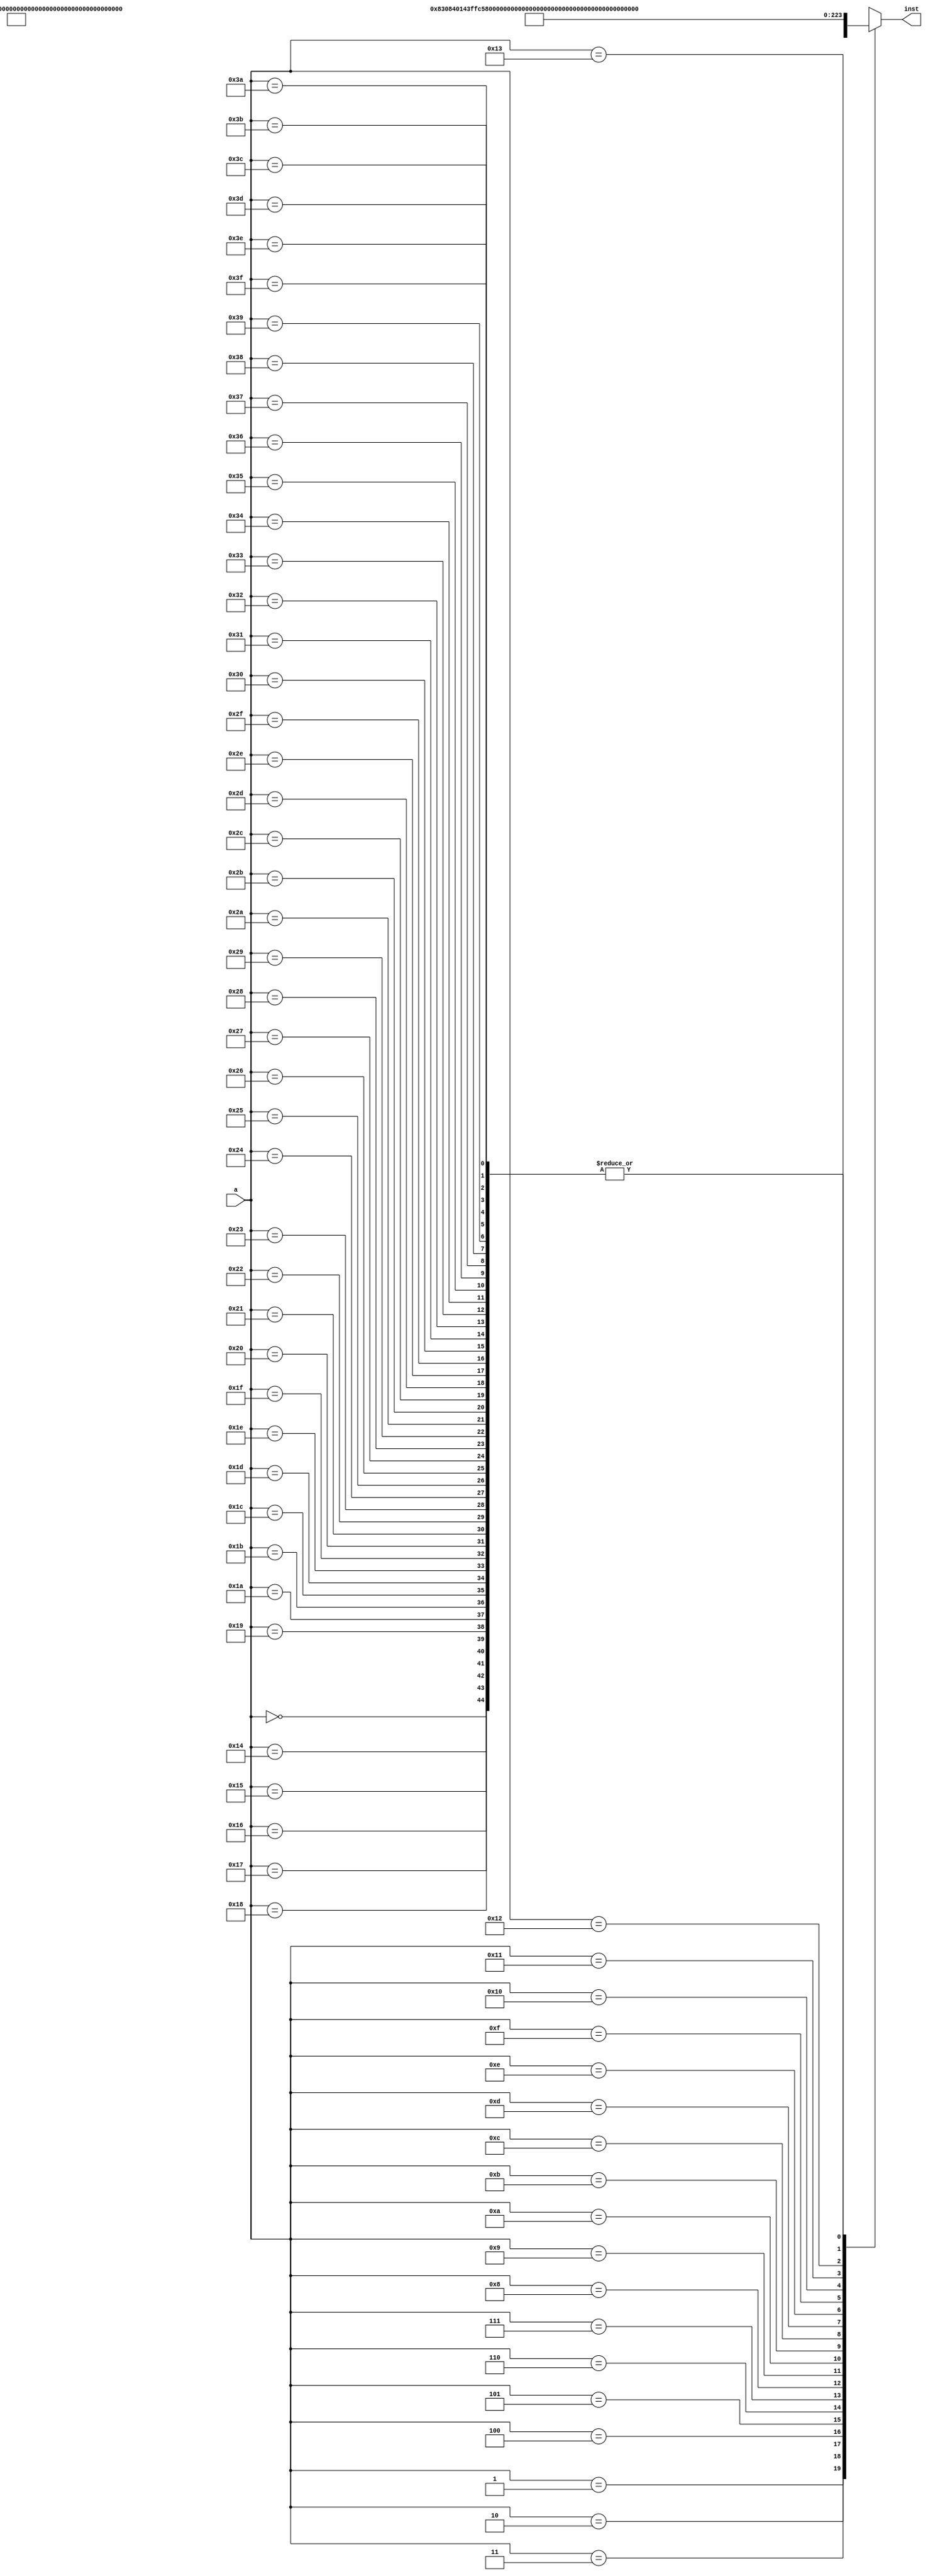
`timescale 1ns / 1ps
//////////////////////////////////////////////////////////////////////////////////
// Company: 
// Engineer: 
// 
// Design Name: 
// Module Name:    Inst_ROM 
// Project Name: 
// Target Devices: 
// Tool versions: 
// Description: 
//
// Dependencies: 
//
// Revision: 
// Revision 0.01 - File Created
// Additional Comments: 
//
//////////////////////////////////////////////////////////////////////////////////
module Inst_ROM(a,inst
    );
	 input [5:0] a;
	 output [31:0] inst;
	 wire [31:0] rom [0:63];
	 
	 assign rom[6'h00]=32'h00000000;		//01
	 assign rom[6'h01]=32'h38001c63;		//sw r3,0x0007(r3)     m10=0x00000003
	 assign rom[6'h02]=32'h340014aa;		//lw r10,0x0005(r5)    r10=0x00000003
	 //12m10
	 assign rom[6'h03]=32'h14003d4b;		//addi r11,r10,0x000f  r11=0x00000012 
	 //32r10
	 assign rom[6'h04]=32'h04200c65;		//or r3,r3,r5          r3=0x00000007
	 assign rom[6'h05]=32'h3c003d4b;    //beq r10,r11,0x000f   
	 //53r11
	 assign rom[6'h06]=32'h4800000e;		//jump 0x000000e  0eh 
	 assign rom[6'h07]=32'h0821a404;    //sr1 r9,r4,5'h03
	 //
	 assign rom[6'h0e]=32'h08308401;    //sll r1,r1,0x01  r11
	 assign rom[6'h0f]=32'h43ffc54b;    //bne r10,r11,0xfff1(-f)  
	 assign rom[6'h10]=32'h0010042a;    //add r1,r1,r10
	 //branch
	 
	 //assign rom[6'h06]=32'h3c000c21;		//beq r1,r1,6'h0a  offset=0x0003  0ah
	 //assign rom[6'h07]=32'h00100421;        //add r1,r1,r1  
	 //assign rom[6'h08]=32'h00100421;        //add r1,r1,r1  
	 
	 //assign rom[6'h0A]=32'h04100841;        //and r2,r2,r1   
	 //assign rom[6'h0B]=32'h04200823;        //or r2,r1,r3  
	 //assign rom[6'h0C]=32'h044020e5;        //xor r8,r7,r5  
	 //assign rom[6'h0D]=32'h14000901;        //addi r1,r8,0x02  
	 //assign rom[6'h0E]=32'h0821a408;        //sr1 r9,r8,5'h03  
	 //assign rom[6'h0F]=32'h14002d29;        //addi r9,r9,0x000b  
	 assign rom[6'h10]=32'h27ffc107;        //andi r7,r8,0xfff0  
	 assign rom[6'h11]=32'h3003fd27;        //xori r7,r9,0x00ff  
	 assign rom[6'h12]=32'h43ffbc21;        //bne r1,r1,6'h02  
	 assign rom[6'h13]=32'h48000001;       //jump 0x0000001  01h   
	 assign rom[6'h14]=32'h00000000;        
	 assign rom[6'h15]=32'h00000000;          
	 assign rom[6'h16]=32'h00000000;        
	 assign rom[6'h17]=32'h00000000;
	 assign rom[6'h18]=32'h00000000;
	 assign rom[6'h19]=32'h00000000;
	 assign rom[6'h1A]=32'h00000000;
	 assign rom[6'h1B]=32'h00000000;
	 assign rom[6'h1C]=32'h00000000;
	 assign rom[6'h1D]=32'h00000000;
	 assign rom[6'h1E]=32'h00000000;
	 assign rom[6'h1F]=32'h00000000;
	 assign rom[6'h20]=32'h00000000;
	 assign rom[6'h21]=32'h00000000;
	 assign rom[6'h22]=32'h00000000;	 
	 assign rom[6'h23]=32'h00000000;
	 assign rom[6'h24]=32'h00000000;
	 assign rom[6'h25]=32'h00000000;
	 assign rom[6'h26]=32'h00000000;
	 assign rom[6'h27]=32'h00000000;
	 assign rom[6'h28]=32'h00000000;
	 assign rom[6'h29]=32'h00000000;
	 assign rom[6'h2A]=32'h00000000;
	 assign rom[6'h2B]=32'h00000000;
	 assign rom[6'h2C]=32'h00000000;
	 assign rom[6'h2D]=32'h00000000;
	 assign rom[6'h2E]=32'h00000000;
	 assign rom[6'h2F]=32'h00000000;
	 assign rom[6'h30]=32'h00000000;
	 assign rom[6'h31]=32'h00000000;
	 assign rom[6'h32]=32'h00000000;
	 assign rom[6'h33]=32'h00000000;
	 assign rom[6'h34]=32'h00000000;
	 assign rom[6'h35]=32'h00000000;
	 assign rom[6'h36]=32'h00000000;
	 assign rom[6'h37]=32'h00000000;
	 assign rom[6'h38]=32'h00000000;
	 assign rom[6'h39]=32'h00000000;
	 assign rom[6'h3A]=32'h00000000;
	 assign rom[6'h3B]=32'h00000000;
	 assign rom[6'h3C]=32'h00000000;
	 assign rom[6'h3D]=32'h00000000;
	 assign rom[6'h3E]=32'h00000000;
	 assign rom[6'h3F]=32'h00000000;
	 
	 assign inst=rom[a];
endmodule